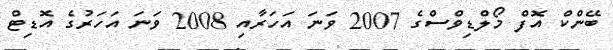
ބޭންކް އޮފް މޯލްޑިވްސްގެ 2007 ވަނަ އަހަރާއި 2008 ވަނަ އަހަރުގެ އޮޑިޓް